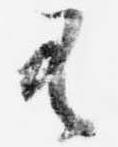
有